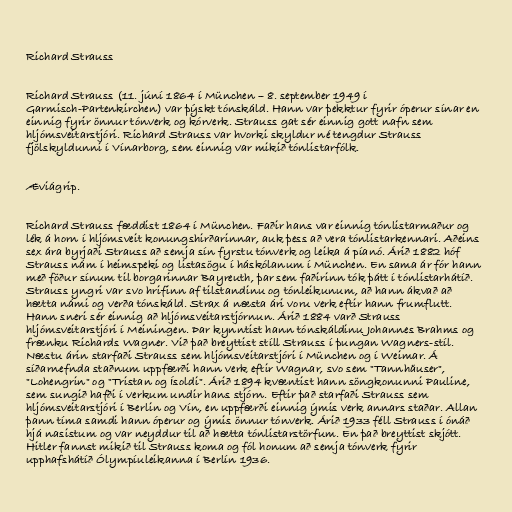
Richard Strauss

Richard Strauss (11. júní 1864 í München – 8. september 1949 í
Garmisch-Partenkirchen) var þýskt tónskáld. Hann var þekktur fyrir óperur sínar en
einnig fyrir önnur tónverk og kórverk. Strauss gat sér einnig gott nafn sem
hljómsveitarstjóri. Richard Strauss var hvorki skyldur né tengdur Strauss
fjölskyldunni í Vínarborg, sem einnig var mikið tónlistarfólk.

Æviágrip.

Richard Strauss fæddist 1864 í München. Faðir hans var einnig tónlistarmaður og
lék á horn í hljómsveit konungshirðarinnar, auk þess að vera tónlistarkennari. Aðeins
sex ára byrjaði Strauss að semja sín fyrstu tónverk og leika á píanó. Árið 1882 hóf
Strauss nám í heimspeki og listasögu í háskólanum í München. En sama ár fór hann
með föður sínum til borgarinnar Bayreuth, þar sem faðirinn tók þátt í tónlistarhátíð.
Strauss yngri var svo hrifinn af tilstandinu og tónleikunum, að hann ákvað að
hætta námi og verða tónskáld. Strax á næsta ári voru verk eftir hann frumflutt.
Hann sneri sér einnig að hljómsveitarstjórnun. Árið 1884 varð Strauss
hljómsveitarstjóri í Meiningen. Þar kynntist hann tónskáldinu Johannes Brahms og
frænku Richards Wagner. Við það breyttist stíll Strauss í þungan Wagners-stíl.
Næstu árin starfaði Strauss sem hljómsveitarstjóri í München og í Weimar. Á
síðarnefnda staðnum uppfærði hann verk eftir Wagnar, svo sem "Tannhäuser",
"Lohengrin" og "Tristan og Ísoldi". Árið 1894 kvæntist hann söngkonunni Pauline,
sem sungið hafði í verkum undir hans stjórn. Eftir það starfaði Strauss sem
hljómsveitarstjóri í Berlin og Vín, en uppfærði einnig ýmis verk annars staðar. Allan
þann tíma samdi hann óperur og ýmis önnur tónverk. Árið 1933 féll Strauss í ónáð
hjá nasistum og var neyddur til að hætta tónlistarstörfum. En það breyttist skjótt.
Hitler fannst mikið til Strauss koma og fól honum að semja tónverk fyrir
upphafshátíð Ólympíuleikanna í Berlín 1936.